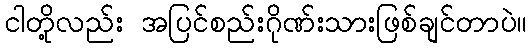
ငါတို့လည်း အပြင်စည်းဂိုဏ်းသားဖြစ်ချင်တာပဲ။